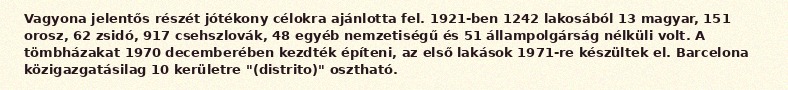
Vagyona jelentős részét jótékony célokra ajánlotta fel. 1921-ben 1242 lakosából 13 magyar, 151 orosz, 62 zsidó, 917 csehszlovák, 48 egyéb nemzetiségű és 51 állampolgárság nélküli volt. A tömbházakat 1970 decemberében kezdték építeni, az első lakások 1971-re készültek el. Barcelona közigazgatásilag 10 kerületre "(distrito)" osztható.